Riigikantselei, lk 11
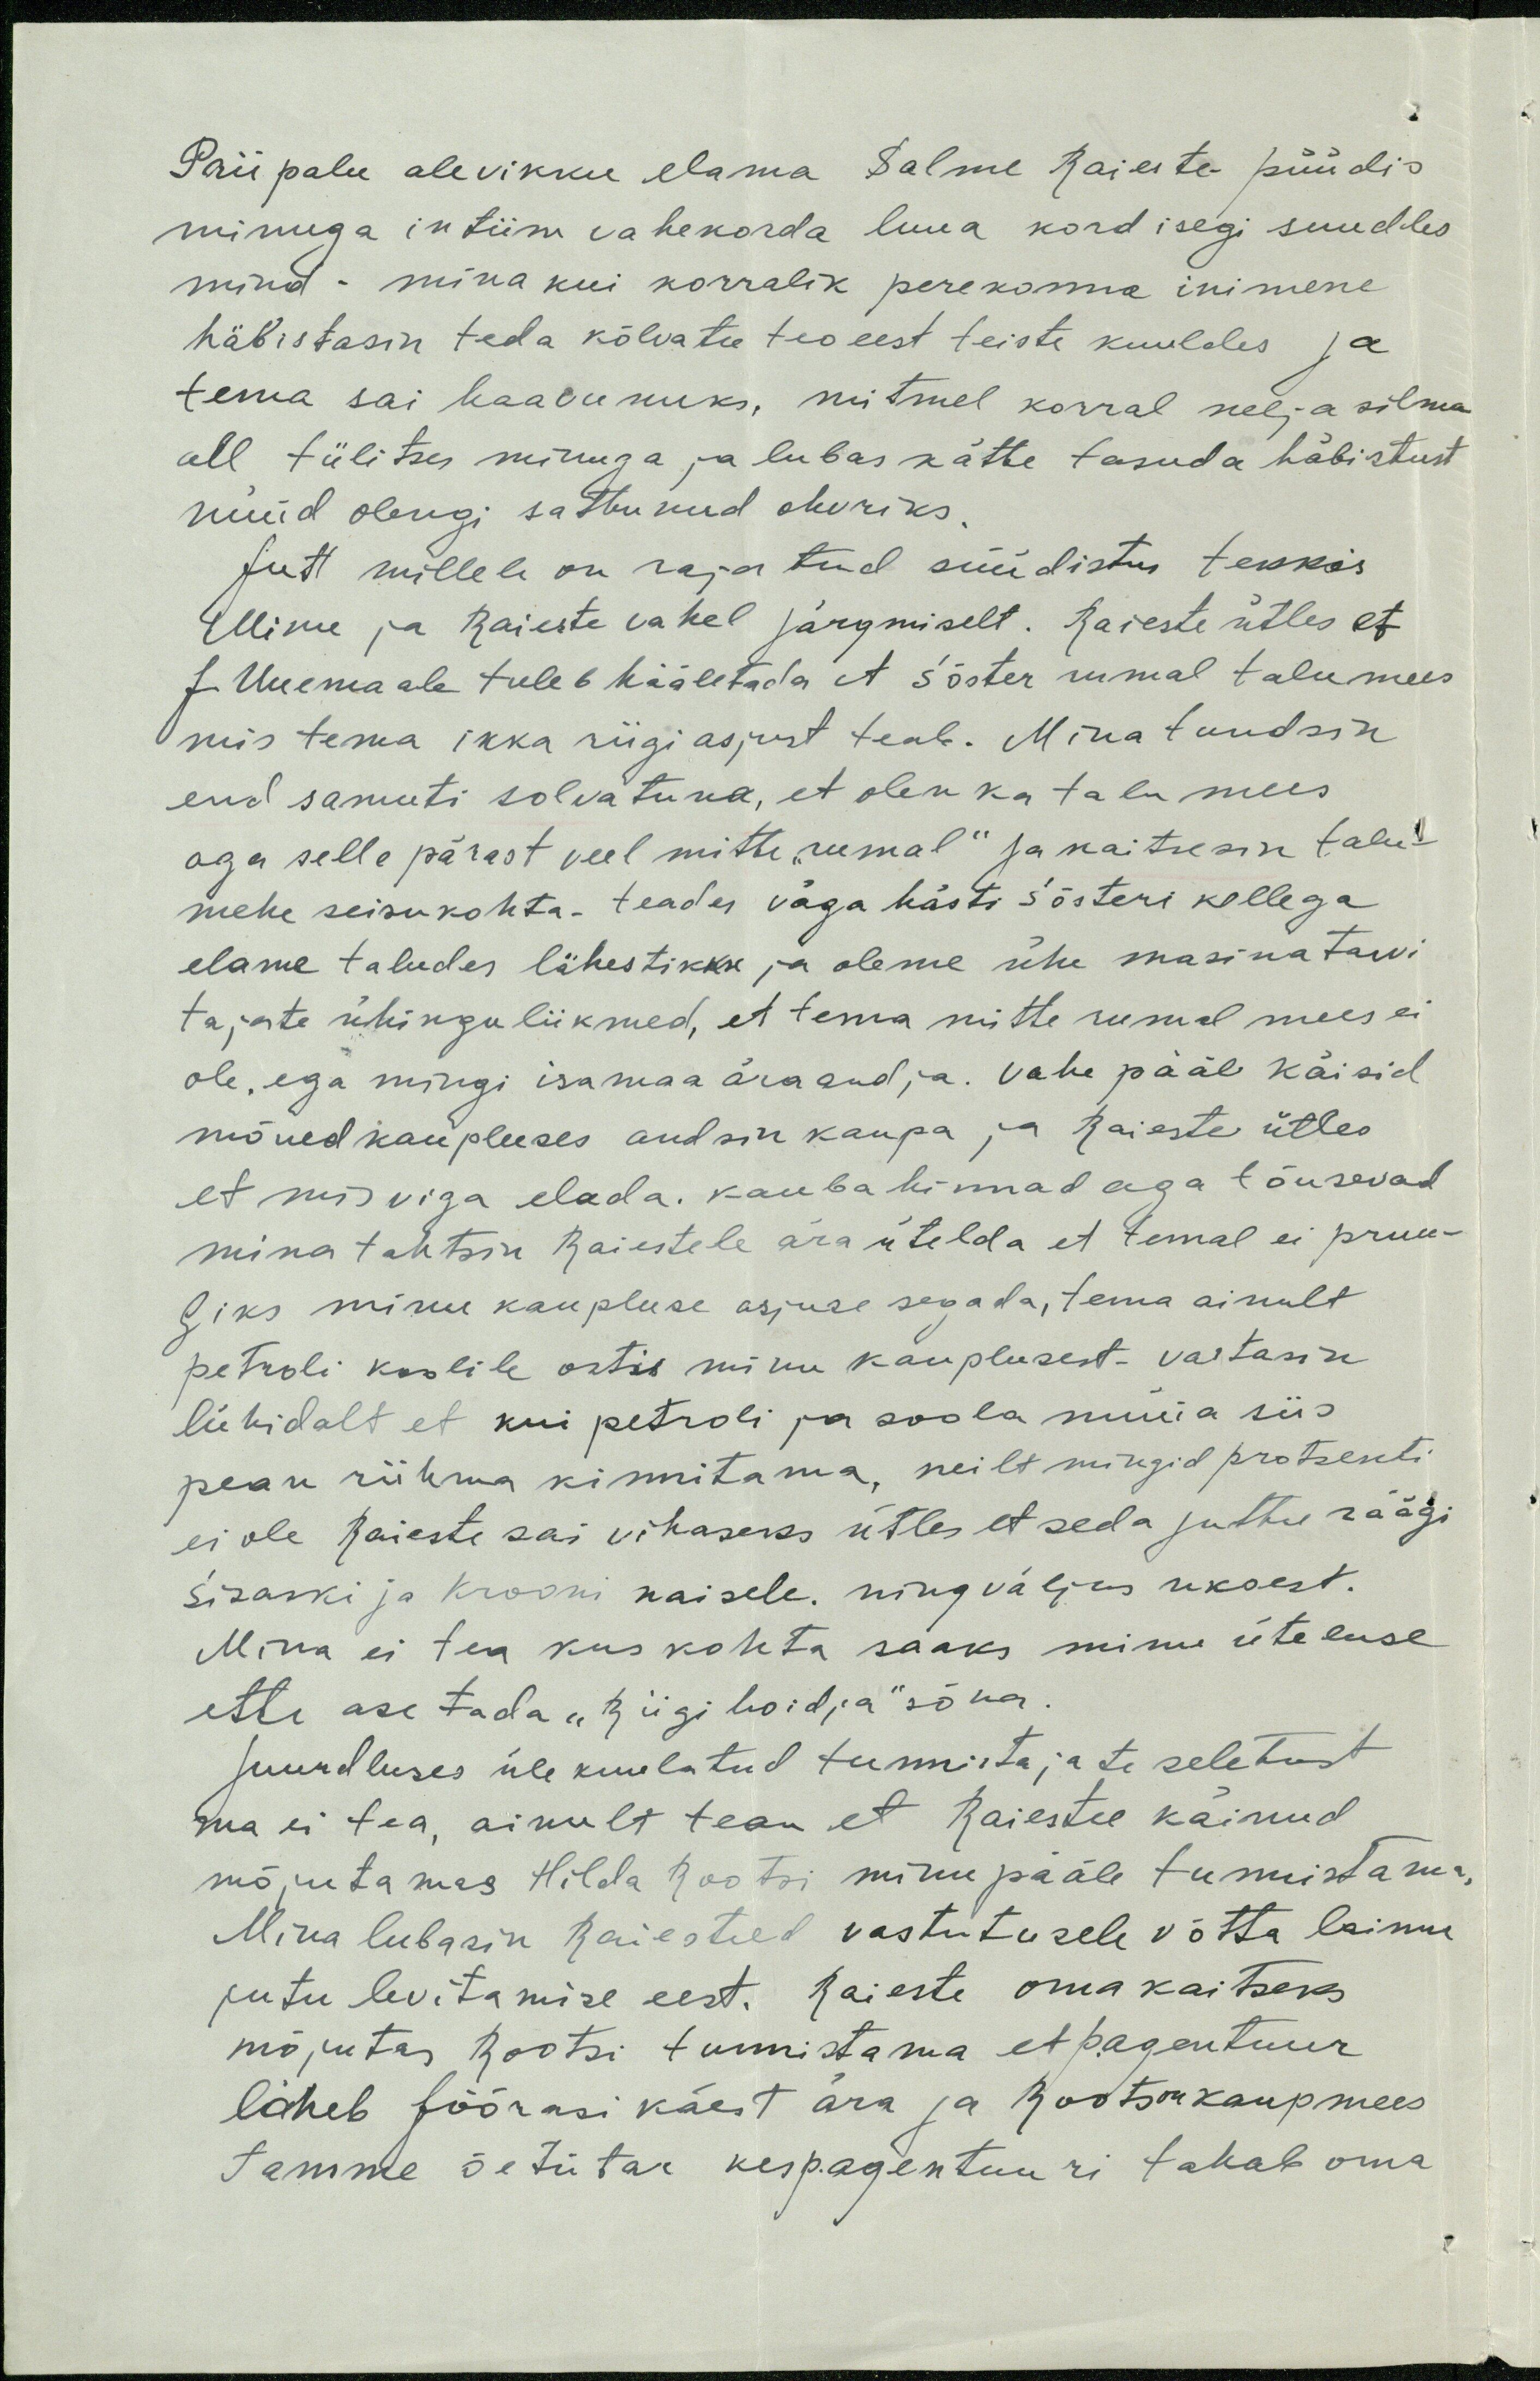
Priipalu alevikku elama Salme Raieste püüdis
minuga intiim vahekorda luua kord isegi suudles
mind - mina kui korralik perekonna inimene
häbistasin teda kõlvatu teo eest teiste kuuldes ja
tema sai haavunuks, mitmel korral nelja silma
all tülitses minuga ja lubas kätte tasuda häbistust
nüüd olengi sattunud ohvriks.
Jutt millele on rajatud süüdistus tekkis
Minu ja Raieste vahel järgmiselt. Raieste ütles et
J. Uuemaale tuleb hääletada, et Söster rumal talumees
mis tema ikka riigi asjast teab. Mina tundsin
end samuti solvatuna, et olen ka talumees
aga selle pärast veel mitte "rumal" ja kaitsesin talu-
mehe seisukohta. teades väga hästi Sösteri kellega
elame taludes lähestikku ja oleme ühe masinatarvi
tajate ühingu liikmed, et tema mitte rumal mees ei
ole, ega mingi isamaa äraandja. Vahe pääl käisid
mõned kaupluses andsin kaupa ja Raieste ütles
et mis viga elada. kauba hinnad aga tõusevad
mina tahtsin Raiestele ära ütelda et temal ei pruu-
giks minu kaupluse asjuse segada, tema ainult
petroli koolile ostis minu kauplusest - vastasin
lühidalt et kui petroli ja soola müüa siis
pean riihma kinnitama, neilt mingid protsenti
ei ole Raieste sai vihaseks ütles et seda juttu räägi
Sisaski ja Krooni naisele. ning väljus uksest.
Mina ei tea kus kohta saaks minu üteluse
ette asetada "riigihoidja" sõna.
Juurdluses üle kuulatud tunnistajate seletust
ma ei tea, ainult tean et Raiestee käinud
mõjutamas Hilda Rootsi minu pääle tunnistama,
Mina lubasin Raiesteed vastutusele võtta laimu
jutu levitamise eest. Raieste oma kaitseks
mõjutas Rootsi tunnistama et p.agentuur
läheb Jöörasi käest ära ja Roots on kaupmees
Tamme õetütar kes p.agentuuri tahab oma